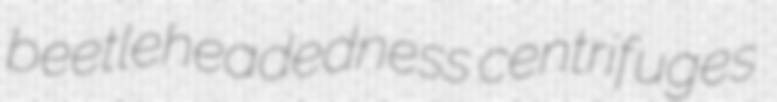
beetleheadedness centrifuges